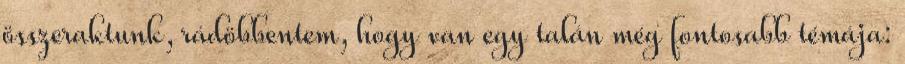
összeraktunk, rádöbbentem, hogy van egy talán még fontosabb témája: